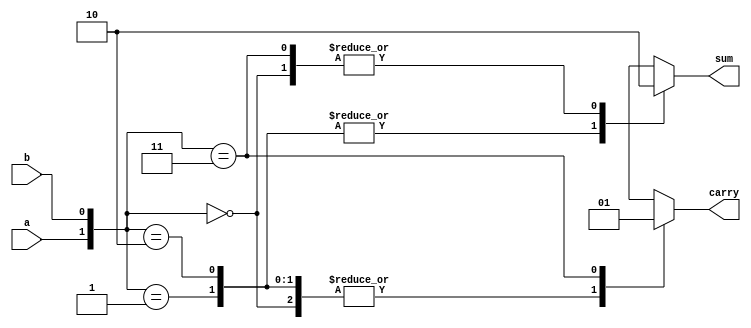
module Half_Adder_Behavirol(
input a,
input b,
output reg sum,
output reg carry
);
always@(a or b)
begin
case({a,b})
2'b00:begin sum = 1'b0; carry = 1'b0;end
2'b01:begin sum = 1'b1; carry = 1'b0;end
2'b10:begin sum = 1'b1; carry = 1'b0;end
2'b11:begin sum = 1'b0; carry = 1'b1;end
endcase
end

endmodule